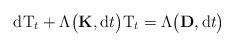
LaTeX: \begin{align*}\mathrm{d}\mathrm{T}_t+\Lambda\big(\mathbf{K},\mathrm{d}t\big) \mathrm{T}_t=\Lambda\big(\mathbf{D},\mathrm{d}t\big)\end{align*}